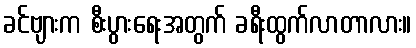
ခင်ဗျားက စီးပွားရေးအတွက် ခရီးထွက်လာတာလား။